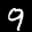
Label: 9